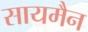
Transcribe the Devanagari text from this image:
सायमैन